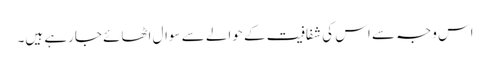
اس وجہ سے اس کی شفافیت کے حوالے سے سوال اٹھائے جارہے ہیں۔